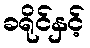
ခရိုင်နှင့်